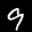
Label: 9